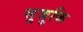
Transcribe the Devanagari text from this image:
सुजुकि